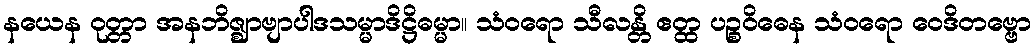
နယေန ဝုတ္တာ အနဘိဇ္ဈာဗျာပါဒသမ္မာဒိဋ္ဌိဓမ္မာ။ သံဝရော သီလန္တိ ဧတ္ထ ပဉ္စဝိဓေန သံဝရော ဝေဒိတဗ္ဗော